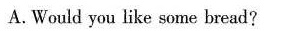
A.Would you like some bread?